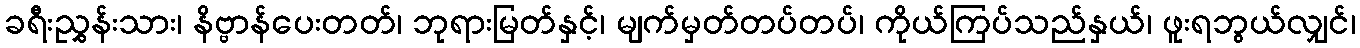
ခရီးညွှန်းသား၊ နိဗ္ဗာန်ပေးတတ်၊ ဘုရားမြတ်နှင့်၊ မျက်မှတ်တပ်တပ်၊ ကိုယ်ကြပ်သည်နှယ်၊ ဖူးရဘွယ်လျှင်၊